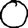
Digit: 0